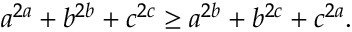
a ^ { 2 a } + b ^ { 2 b } + c ^ { 2 c } \geq a ^ { 2 b } + b ^ { 2 c } + c ^ { 2 a } .